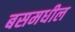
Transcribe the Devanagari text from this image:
बसमधील